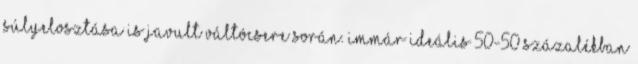
súlyelosztása is javult váltócsere során. Immár ideális 50-50 százalékban